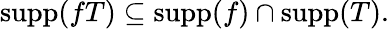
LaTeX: \operatorname{supp}(fT)\subseteq\operatorname{supp}(f)\cap\operatorname{supp}(T).